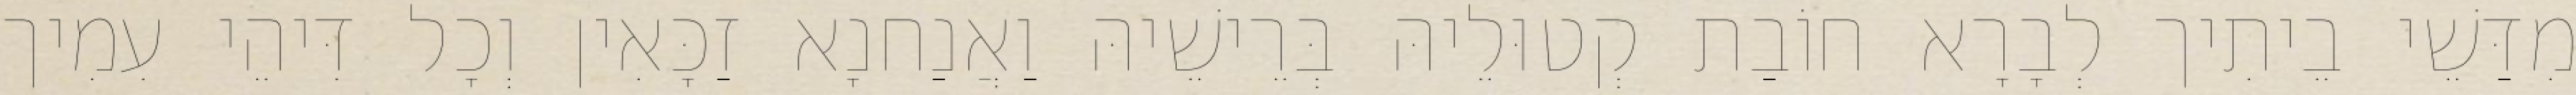
מִדַּשֵׁי בֵיתִיך לְבָרָא חוֹבַת קְטוּלֵיהּ בְּרֵישֵׁיהּ וַאֲנַחנָא זַכָּאִין וְכָל דִּיהֵי עִמִיך